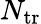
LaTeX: N_{\mathrm{tr}}